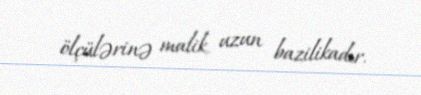
ölçülərinə malik, uzun bazilikadır.